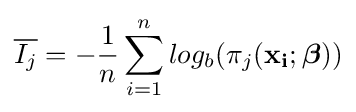
{\overline {I_{j}}}=-{\frac {1}{n}}\sum _{i=1}^{n}{log_{b}(\pi _{j}(\mathbf {x_{i}} ;{\boldsymbol {\beta }}))}